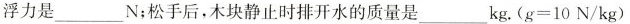
浮力是___N；松手后，木块静止时排开水的质量是___kg。$$( g = 1 0 N / k g )$$